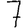
Digit: 7